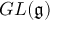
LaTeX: G L ( { \mathfrak { g } } )